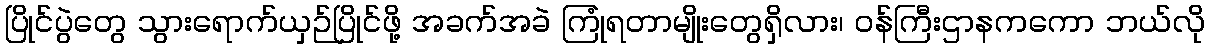
ပြိုင်ပွဲတွေ သွားရောက်ယှဉ်ပြိုင်ဖို့ အခက်အခဲ ကြုံရတာမျိုးတွေရှိလား၊ ဝန်ကြီးဌာနကကော ဘယ်လို